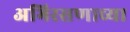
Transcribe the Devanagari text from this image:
अभिरसणाच्या